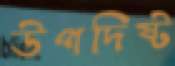
উপদিষ্ট